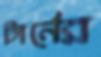
টার্নের